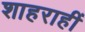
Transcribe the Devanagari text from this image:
शाहराहीं